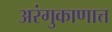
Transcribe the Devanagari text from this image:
अरंगुकाणात्त